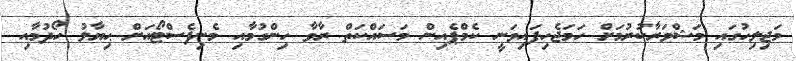
މަޖިލިހުގައި މަޝްވަރާކުރުމަށް ހަމަޖެހިފައިވަނީ ކެމްޕެއިން މަސައްކަތް ރާވާ ހިންގުމާއި މެނިފެސްޓޯއަށް ޙިޔާލު ހޯދުމާއި